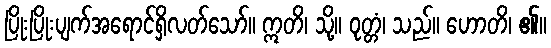
ပြိုးပြိုးပျက်အရောင်ရှိလတ်သော်။ ဣတိ၊ သို့။ ဝုတ္တံ၊ သည်။ ဟောတိ၊ ၏။